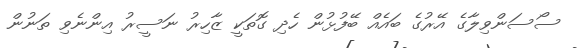
ސޯސަންވިލާގެ އޭރުގެ ބައެއް ބޭފުޅުން ހެދި ގޮތަކީ ޒާހިރު ނަސީރު އިންނެވި ތަނުން